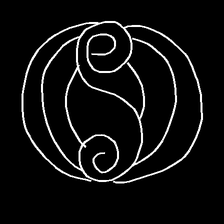
Glyph: wind-underfoot